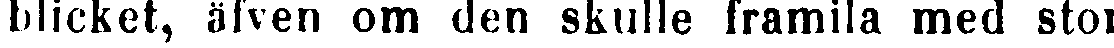
blicket, äfven om den skulle framila med stor